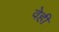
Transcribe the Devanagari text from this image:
वेही